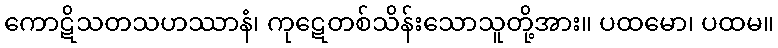
ကောဋိသတသဟဿာနံ၊ ကုဋေတစ်သိန်းသောသူတို့အား။ ပထမော၊ ပထမ။